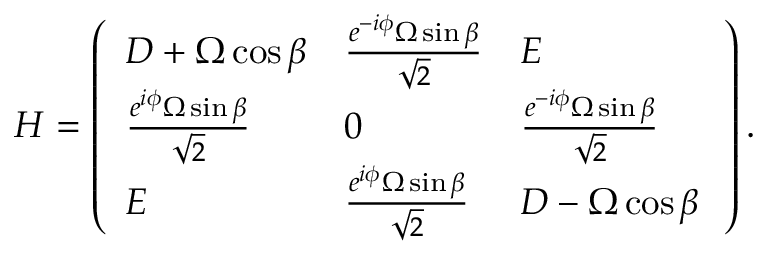
H = \left( \begin{array} { l l l } { D + \Omega \cos \beta } & { \frac { e ^ { - i \phi } \Omega \sin \beta } { { \sqrt { 2 } } } } & { E } \\ { \frac { e ^ { i \phi } \Omega \sin \beta } { \sqrt { 2 } } } & { 0 } & { \frac { e ^ { - i \phi } \Omega \sin \beta } { { \sqrt { 2 } } } } \\ { E } & { \frac { e ^ { i \phi } \Omega \sin \beta } { \sqrt { 2 } } } & { D - \Omega \cos \beta \, } \end{array} \right) .